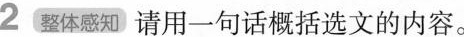
2整体感知 请用一句话概括选文的内容。